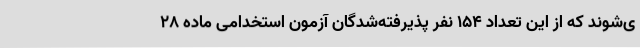
ی‌شوند که از این تعداد 154 نفر پذیرفته‌شدگان آزمون استخدامی ماده 28